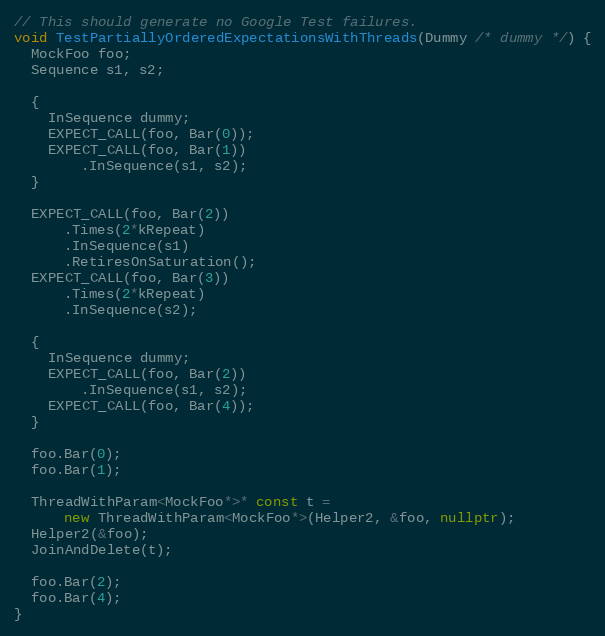
Language: C++
// This should generate no Google Test failures.
void TestPartiallyOrderedExpectationsWithThreads(Dummy /* dummy */) {
  MockFoo foo;
  Sequence s1, s2;

  {
    InSequence dummy;
    EXPECT_CALL(foo, Bar(0));
    EXPECT_CALL(foo, Bar(1))
        .InSequence(s1, s2);
  }

  EXPECT_CALL(foo, Bar(2))
      .Times(2*kRepeat)
      .InSequence(s1)
      .RetiresOnSaturation();
  EXPECT_CALL(foo, Bar(3))
      .Times(2*kRepeat)
      .InSequence(s2);

  {
    InSequence dummy;
    EXPECT_CALL(foo, Bar(2))
        .InSequence(s1, s2);
    EXPECT_CALL(foo, Bar(4));
  }

  foo.Bar(0);
  foo.Bar(1);

  ThreadWithParam<MockFoo*>* const t =
      new ThreadWithParam<MockFoo*>(Helper2, &foo, nullptr);
  Helper2(&foo);
  JoinAndDelete(t);

  foo.Bar(2);
  foo.Bar(4);
}